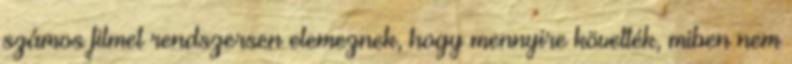
számos filmet rendszersen elemeznek, hogy mennyire követték, miben nem